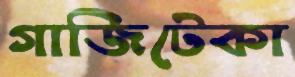
গাজিটেকা